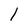
Character: I